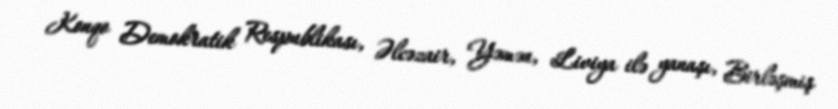
Konqo Demokratik Respublikası, Əlcəzair, Yəmən, Liviya ilə yanaşı, Birləşmiş